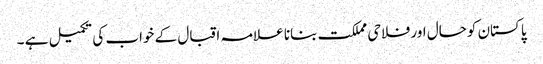
پاکستان کوحال اور فلاحی مملکت بنانا علامہ اقبال کے خواب کی تکمیل ہے ۔